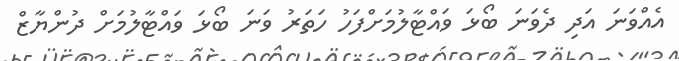
އެއްވަނަ އަދި ދެވަނަ ބޯޅަ ވައްޓާލުމަށްފަހު ހަތަރު ވަނަ ބޯޅަ ވައްޓާލުމަށް ދުންޔާޒް